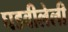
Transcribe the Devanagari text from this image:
घडवीलेली